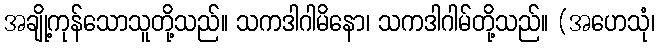
အချို့ကုန်သောသူတို့သည်။ သကဒါဂါမိနော၊ သကဒါဂါမ်တို့သည်။ (အဟေသုံ၊